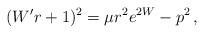
LaTeX: \begin{align*}(W' r + 1)^2 = \mu r^2 e^{2W} - p^2\,, \end{align*}